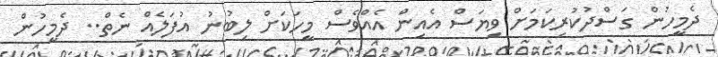
ދެމީހުން ގަސްދުކުރިކަމަށް ވިޔަސް އެއިން އެއްވެސް މީހަކަށް ލިބުނު އުފަލެއް ނެތް.. ދެމީހުން